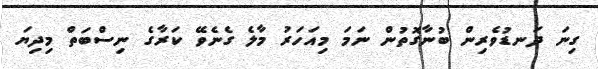
ގިނަ ދަނޑުވެރިން ބުނާގޮތުން ނަމަ މިއަހަރު މާލެ ގެނެވޭ ކަރާގެ ނިސްބަތް މިދިޔަ